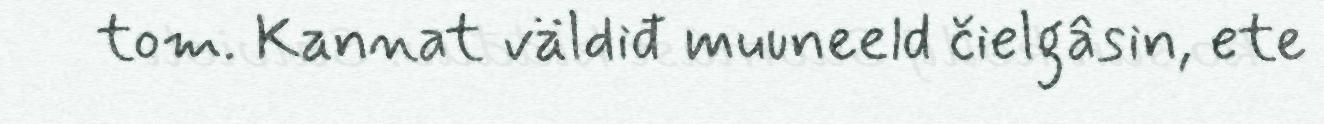
tom. Kannat väldiđ muuneeld čielgâsin, ete